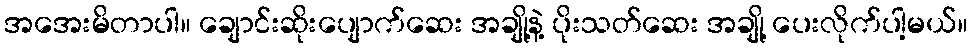
အအေးမိတာပါ။ ချောင်းဆိုးပျောက်ဆေး အချို့နဲ့ ပိုးသတ်ဆေး အချို့ ပေးလိုက်ပါ့မယ်။